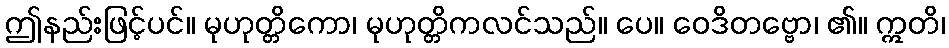
ဤနည်းဖြင့်ပင်။ မုဟုတ္တိကော၊ မုဟုတ္တိကလင်သည်။ ပေ။ ဝေဒိတဗ္ဗော၊ ၏။ ဣတိ၊